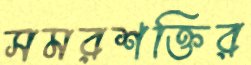
সমরশক্তির